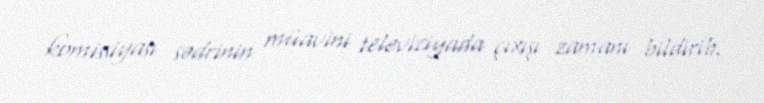
komissiyası sədrinin müavini televiziyada çıxışı zamanı bildirib.